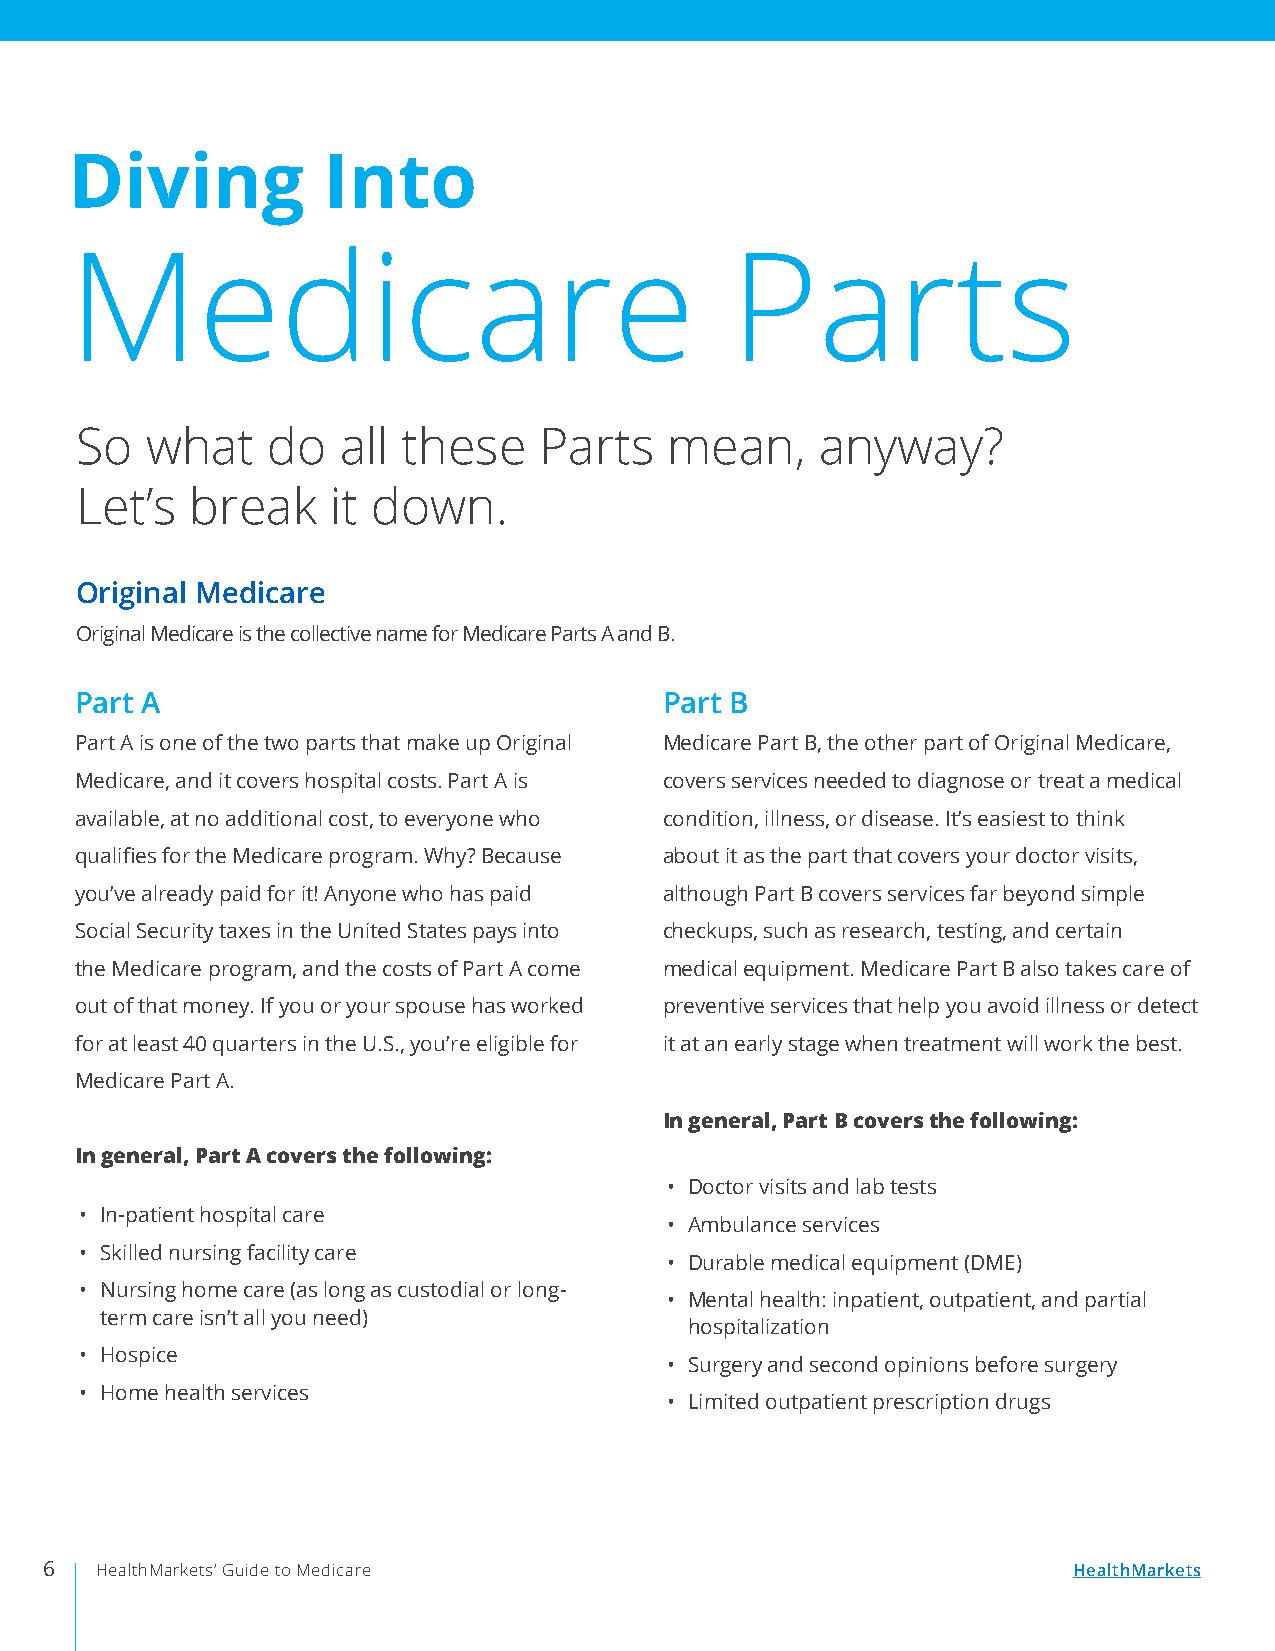
Diving          Into
 Medicare                                   Parts
 So   what    do  all  these    Parts   mean,     anyway?
 Let’s   break    it down.
 Original Medicare
 Original Medicare is the collective name for Medicare Parts A and B.
 Part A                                 Part B
 Part A is one of the two parts that make up Original Medicare Part B, the other part of Original Medicare,
 Medicare, and it covers hospital costs. Part A is covers services needed to diagnose or treat a medical
 available, at no additional cost, to everyone who condition, illness, or disease. It’s easiest to think
 qualifies for the Medicare program. Why? Because about it as the part that covers your doctor visits,
 you’ve already paid for it! Anyone who has paid although Part B covers services far beyond simple
 Social Security taxes in the United States pays into checkups, such as research, testing, and certain
 the Medicare program, and the costs of Part A come medical equipment. Medicare Part B also takes care of
 out of that money. If you or your spouse has worked preventive services that help you avoid illness or detect
 for at least 40 quarters in the U.S., you’re eligible for it at an early stage when treatment will work the best.
 Medicare Part A.
 In general, Part B covers the following:
 In general, Part A covers the following:
 • Doctor visits and lab tests
 • In-patient hospital care
 • Ambulance services
 • Skilled nursing facility care
 • Durable medical equipment (DME)
 • Nursing home care (as long as custodial or long-
 • Mental health: inpatient, outpatient, and partial
 term care isn’t all you need)
 hospitalization
 • Hospice
 • Surgery and second opinions before surgery
 • Home health services
 • Limited outpatient prescription drugs
 6  HealthMarkets’ Guide to Medicare                                 HealthMarkets